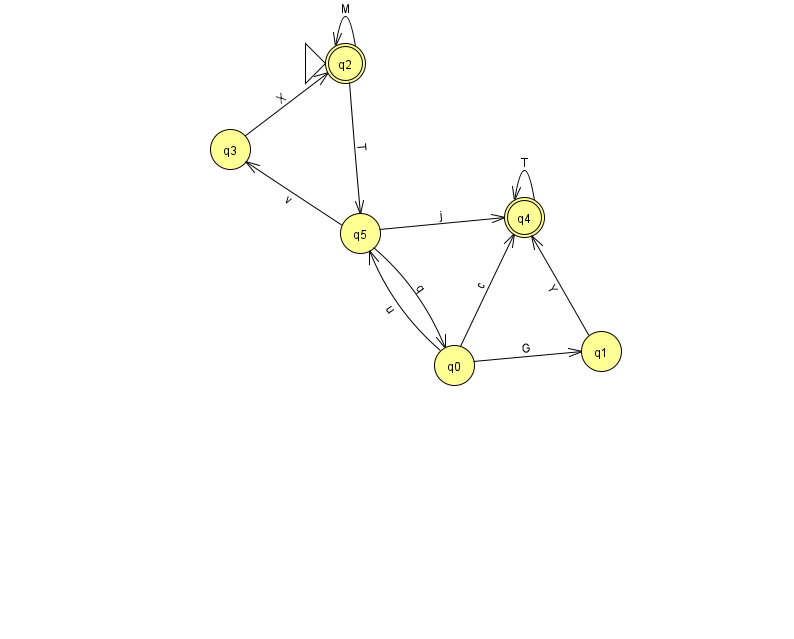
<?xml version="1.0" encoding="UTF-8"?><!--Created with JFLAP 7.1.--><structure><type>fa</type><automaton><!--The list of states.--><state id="0" name="q0"><x>454.0</x><y>352.0</y></state><state id="1" name="q1"><x>601.0</x><y>338.0</y></state><state id="2" name="q2"><x>345.0</x><y>50.0</y><initial/><final/></state><state id="3" name="q3"><x>230.0</x><y>136.0</y></state><state id="4" name="q4"><x>524.0</x><y>204.0</y><final/></state><state id="5" name="q5"><x>360.0</x><y>220.0</y></state><!--The list of transitions.--><transition><from>3</from><to>2</to><read>X</read></transition><transition><from>2</from><to>5</to><read>T</read></transition><transition><from>4</from><to>4</to><read>T</read></transition><transition><from>5</from><to>0</to><read>q</read></transition><transition><from>0</from><to>1</to><read>G</read></transition><transition><from>0</from><to>4</to><read>c</read></transition><transition><from>5</from><to>4</to><read>j</read></transition><transition><from>5</from><to>3</to><read>v</read></transition><transition><from>0</from><to>5</to><read>u</read></transition><transition><from>2</from><to>2</to><read>M</read></transition><transition><from>1</from><to>4</to><read>Y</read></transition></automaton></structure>